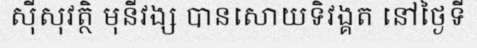
ស៊ីសុវត្ថិ មុនីវង្ស បានសោយទិវង្គត នៅថ្ងៃទី